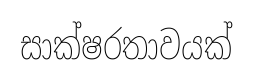
සාක්ෂරතාවයක්